Indian Medical Review
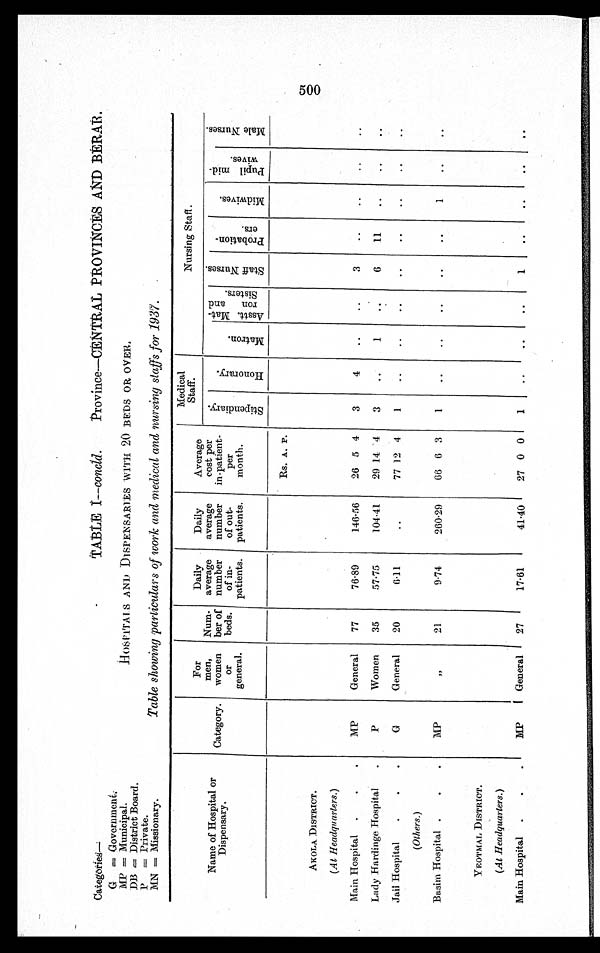
Categories—
G = Government.
MP = Municipal.
DB = District Board
P = Private.
MN = Missionary.
TABLE I—concld. Province—CENTRAL PROVINCES AND B
ERAR.
HOSPITALS AND DISPENSARIES WITH 20 BEDS OR OVER.
Table showing particulars of work and medical and nursing staffs for 1937.
Name of Hospital or
Dispensary.
Category.
For
men,
women
or
general.
Num-
ber of
beds.
Daily
average
number
of in-
patients.
Daily
average
number
of out-
patients.
Average
cost per
in-patient-
per
month.
Medical
Staff.
Nursing Staff.
S t i p e n d i a r y .
H o n o r a r y .
M a t r o n .
A s s t t . M a t - r o n a n d S i s t e r s .
S t a f f N u r s e s .
P r o b a t i o n - e r s .
M i d w i v e s .
P u p i l m i d - w i v e s .
M a l e N u r s e s .
Rs. A. P.
AKOLA DISTRICT.
(At Headquarters.)
Main Hospital
MP
General
77
76.89
146.56
26 5 4
3
4
..
..
3
..
..
..
..
Lady Hardinge Hospital
P
Women
35
57.75
104.41
29 14 4
3
..
1
..
6
11
..
..
..
Jail Hospital
G
General
20
6.11
..
77 12 4
1
. .
..
..
..
..
..
..
..
(Others.)
Basim Hospital
MP
"
21
9.74
260.29
66 6 3
1
..
..
..
..
..
1
..
..
YEOTMAL DISTRICT.
(At Headquarters.)
Main Hospital
MP
General
27
17.61
41.40
27 0 0
1
. .
..
..
1
..
..
. .
. .